Jaan_Tonisson_(Lasteleht), lk 468
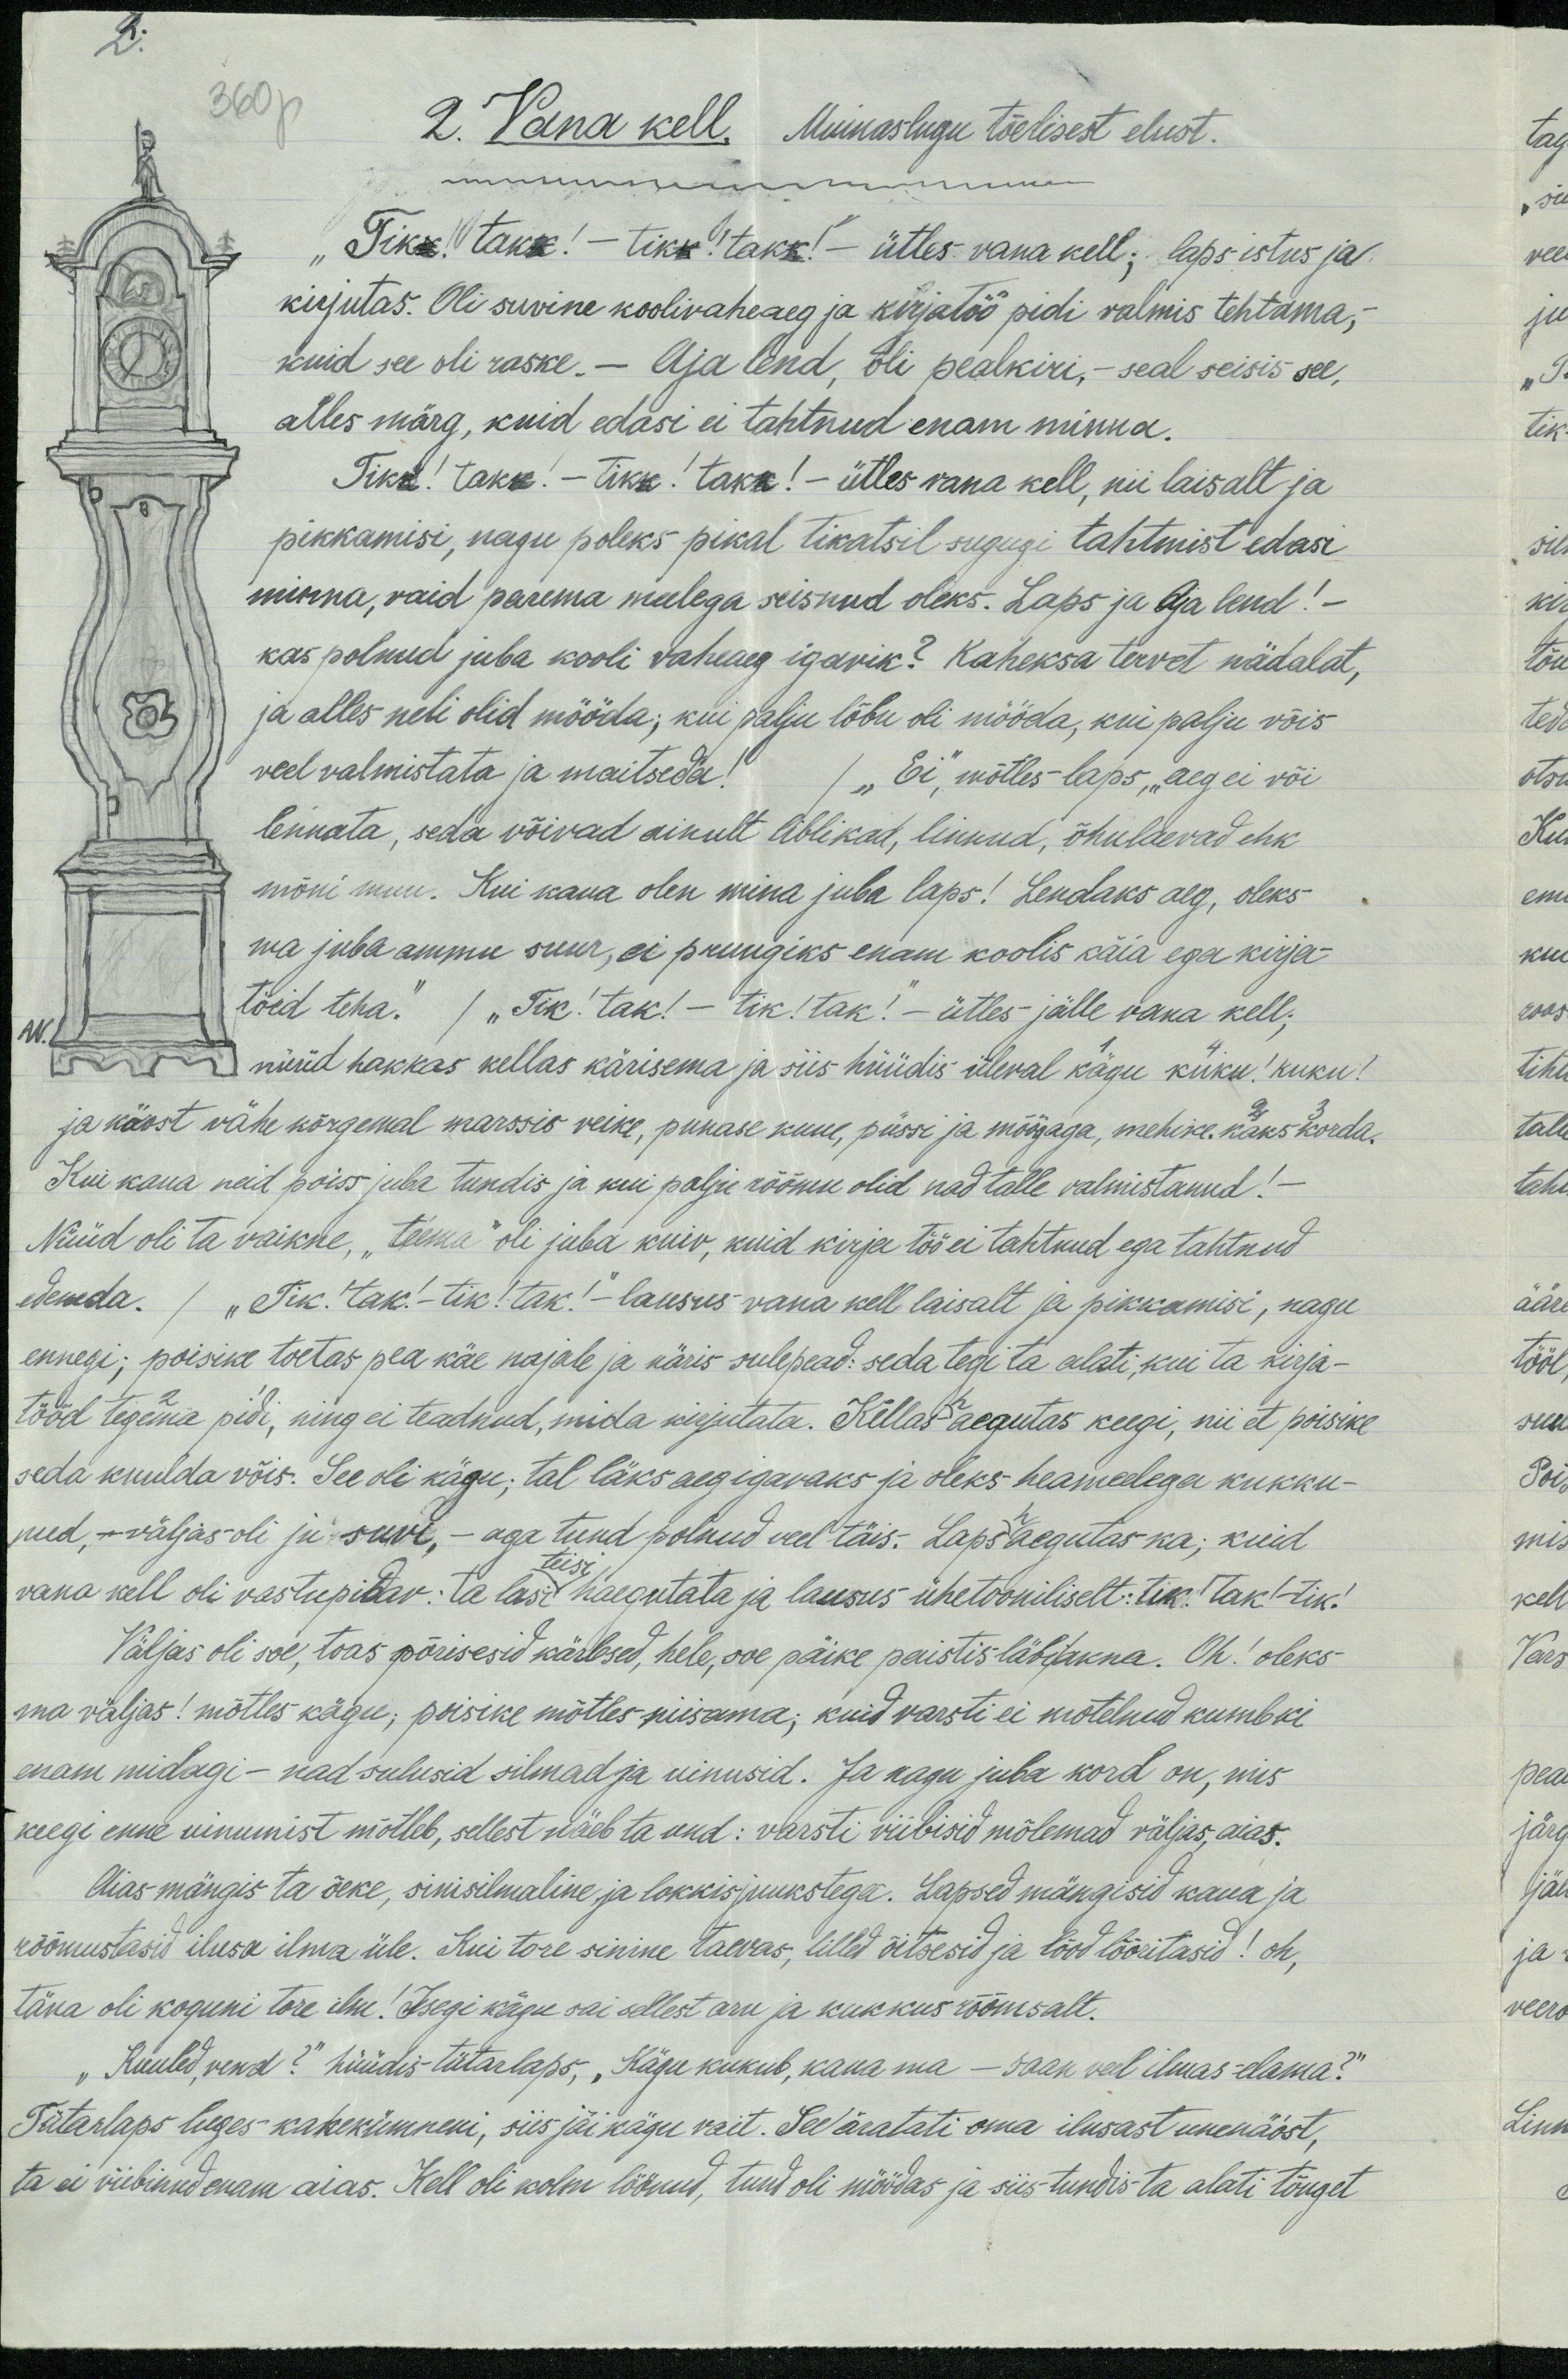
3.

360 p. 2. Vana kell. Muinaslugu tõelisest elust.
"Tikk, takk! - tikk! takk!" ütles vana kell; laps istus ja
kirjutas. Oli suvine koolivaheaeg ja kirjatöö pidi valmis tehtama;
kuid see oli raske.- Aja lend, oli peakiri, - seal seisis see,
alles märg, kuid edasi ei tahtnud enam minna.
Tikk! takk! - Tikk! takk! - ütles vana kell, nii laisalt ja
pikkamisi, nagu poleks pikal tikatsil sugugi tahtmist edasi
minna, vaid parema meelega seisnud oleks. Laps ja Aja lend! -
kas polnud juba kooli vaheaeg igavik? Kaheksa tervet nädalat,
ja alles neli olid mööda; kui palju lõbu oli mööda, kui palju võis
veel valmistata ja maitseda? /"Ei", mõtles laps "aeg ei või
lennata, seda võivad ainult liblikad, linnud, õhulaevad ehk
mõni muu. Kui kaua olen mina juba laps! Lendaks aeg, oleks
ma juba ammu suur, ei pruugiks enam koolis käia ega kirja-
töid teha. ) "Tik! tak! - tik! tak!" - ütles jälle vana kell;
nüüd hakkas kellas kärisema ja siis hüüdis üleval kägu kuku! kuku!
ja käest vähe kõrgemal marssis veike, punase kuue, püssi ja mõõgaga, mehike. kaks korda.
Kui kaua neid poiss juba tundis ja kui palju rõõmu olid nad talle valmistanud! -
Nüüd oli ta vaikne, „tema," oli juba kuiv, kuid kirja töö ei tahtnud ega tahtnud
edeneda. / "Tik! tak! - tik! tak!" lausus vana kell laisalt ja pikkamisi, nagu
ennegi; poisike toetas pea käe najale ja näris sulepead: seda tegi ta alati, kui ta kirja-
tööd tegema pidi, ning ei teadnud, mida kirjutata. Kellas aegutas keegi, nii et poisike
seda kuulda võis. See oli kägu; tal läks aeg igavaks ja oleks heameelega kukku-
nud, - väljas oli ju suvi, - aga tund polnud veel täis. Laps haegutas ka, kuid
vana kell oli vastupidav. Ta lasi haegutata ja lausus ühetooniliselt: tik! tak! tik!
teisi
Väljas oli soe, toas põrisesid kärbsed, hele, soe päike paistis läbi akna. Oh! oleks
ma väljas! mõtles kägu, poisike mõtles niisama; kuid varsti ei mötelnud kumbki
enam midagi - nad sulusid silmad ja uinusid. Ja nagu juba kord on, mis
keegi enne uinumist mõtleb, sellest näeb ta und: varsti viibisid mõlemad väljas, aias.
Aias mängis ta õeke, sinisilmaline ja lokkis juukstega. Lapsed mängisid kaua ja
rõõmustasid ilma üle. Kui tore sinine taevas, lilled õitsesid ja lõod lõõritasid! oh,
täna oli koguni tore ilm! Isegi kägu sai sellest aru ja kukkus rõõmsalt.
"Kuuled, vend?" hüüdis tütarlaps, „Kägu kukub, kaua ma - saan veel ilmas-elama?“
Tütarlaps luges kahekümmeni, siis jäi kägu vait. See äratati oma ilusast unenäost,
ta ei viibinud enam aias. Kell oli kolm löönud, tund oli möödas ja siis tundis ta alati tõuget

ei